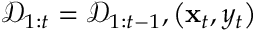
\mathcal { D } _ { 1 : t } = \mathcal { D } _ { 1 : t - 1 } , \left( \mathbf { x } _ { t } , y _ { t } \right)